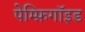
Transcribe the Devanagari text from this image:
पेम्फ़िगॉइड